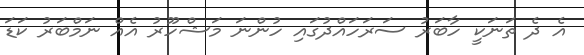
އެ ދެ ތަނަކީ ހާބަރު ސަރަހައްދުގައި ހުންނަ މަޝްހޫރު އެއް ނަމްބަރު ކަޑަ